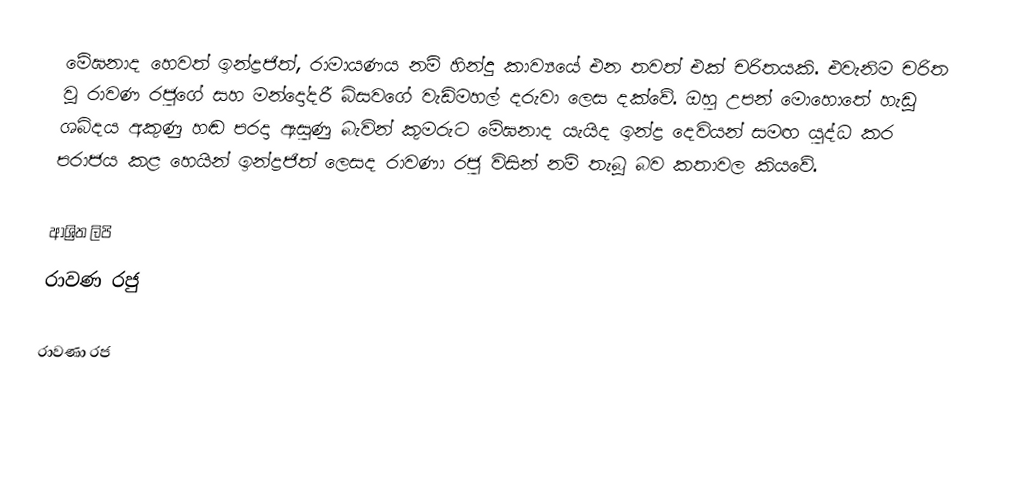
මේඝනාද හෙවත් ඉන්ද්‍රජිත්, රාමායණය නම් හින්දු කාව්‍යයේ එන තවත් එක් චරිතයකි. එවැනිම චරිත වූ රාවණ රජුගේ සහ මන්දෝදරී බිසවගේ වැඩිමහල් දරුවා ලෙස දක්වේ. ඔහු උපන් මොහොතේ හැඩූ ශබ්දය අකුණු හඬ පරදා ඇසුණු බැවින් කුමරුට මේඝනාද යැයිද ඉන්ද්‍ර දෙවියන් සමඟ යුද්ධ කර පරාජය කළ හෙයින් ඉන්ද්‍රජිත් ලෙසද රාවණා රජු විසින් නම් තැබූ බව කතාවල කියවේ.

ආශ්‍රිත ලිපි
 රාවණ රජු

රාවණා රජ